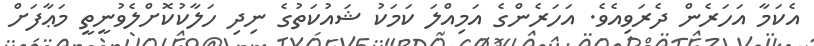
އެކަމާ އަހަރެން ދެރަވިއެވެ. އަހަރެންގެ އަމިއްލަ ކަމަކު ޝައުކަތުގެ ނިދި ހަލާކުކޮށްލެވުނީތީ މަޢާފަށް